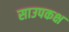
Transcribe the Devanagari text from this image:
साउपकक्ष